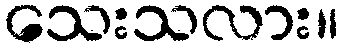
သေးသလား။